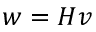
w = H v